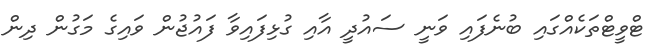
ޓްވީޓްތަކެއްގައި ބުނެފައި ވަނީ ސައުދީ އާއި ގުޅިފައިވާ ފައުޖުން ވައިގެ މަގުން ދިން